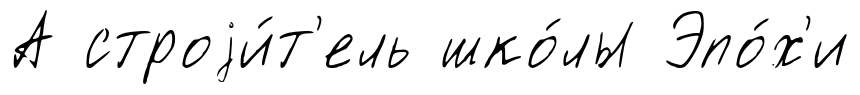
А строjи́т'ель шко́лы Эпо́х'и